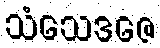
သံသေဒဇေ